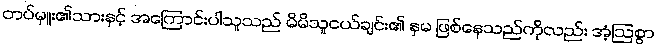
တပ်မှူး၏သားနှင့် အကြောင်းပါသူသည် မိမိသူငယ်ချင်း၏ နှမ ဖြစ်နေသည်ကိုလည်း အံ့ဩစွာ